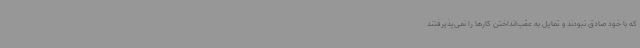
که با خود صادق نبودند و تمایل به عقب‌انداختن کارها را نمی‌پذیرفتند